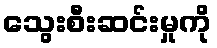
သွေးစီးဆင်းမှုကို